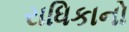
રાધિકાનો